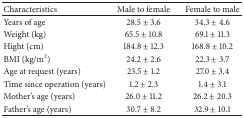
<table><thead><tr><td><b>Characteristics</b></td><td><b>Male to female</b></td><td><b>Female to male</b></td></tr></thead><tbody><tr><td>Years of age</td><td> 28.5 ± 3.6</td><td> 34.3 ± 4.6</td></tr><tr><td>Weight (kg)</td><td> 65.5 ± 10.8</td><td> 69.1 ± 11.3</td></tr><tr><td>Hight (cm)</td><td>184.8 ± 12.3</td><td>168.8 ± 10.2</td></tr><tr><td>BMI (kg/m<sup>2</sup>)</td><td> 24.2 ± 2.6</td><td> 22.3 ± 3.7</td></tr><tr><td>Age at request (years)</td><td> 23.5 ± 1.2</td><td> 27.0 ± 3.4</td></tr><tr><td>Time since operation (years)</td><td> 1.2 ± 2.3</td><td> 1.4 ± 3.1</td></tr><tr><td>Mother&#x27;s age (years)</td><td> 26.0 ± 11.2</td><td> 26.2 ± 20.3</td></tr><tr><td>Father&#x27;s age (years)</td><td> 30.7 ± 8.2</td><td> 32.9 ± 10.1</td></tr></tbody></table>